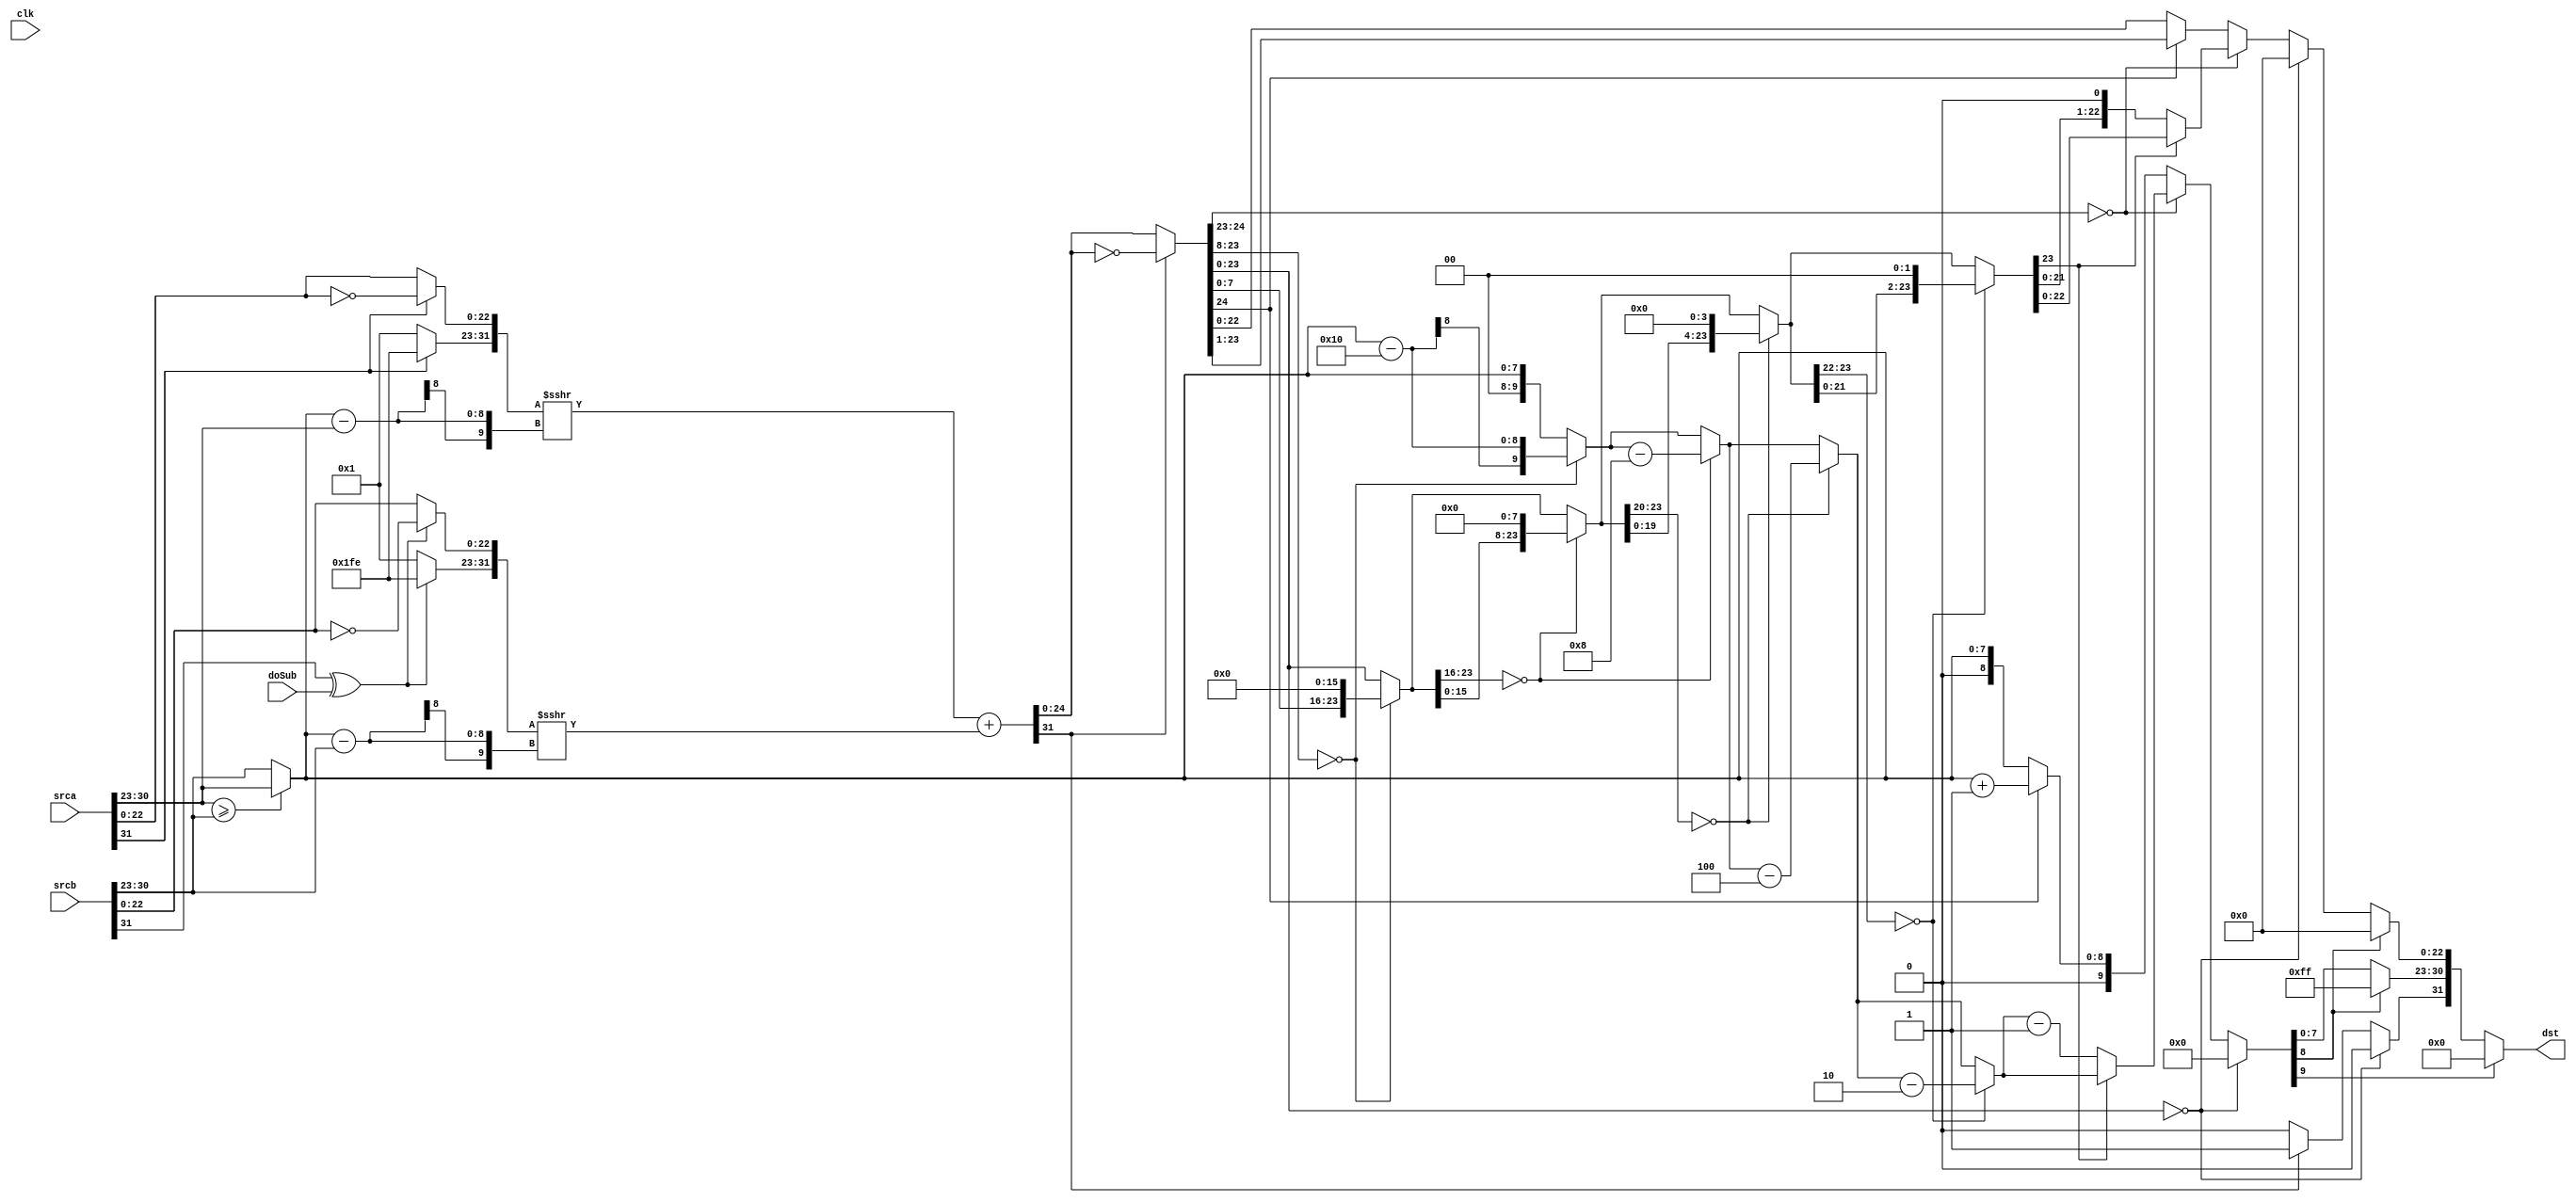
module FpuFp32_Add(
	/* verilator lint_off UNUSED */
	clk,
	doSub,
	srca,
	srcb,
	dst
);

input			clk;
input			doSub;
input[31:0]		srca;
input[31:0]		srcb;
output[31:0]	dst;

reg sgna;
reg sgnb;
reg sgnc;

reg[9:0] exa;
reg[9:0] exb;
reg[9:0] exc;
reg[9:0] exm;

reg[31:0] tFracA;
reg[31:0] tFracB;
reg[31:0] tFracC;
// reg[22:0] tFracC;
reg[31:0] tFracA1;
reg[31:0] tFracB1;
reg[31:0] tFracC1;

// reg[31:0] tFracA2;
// reg[31:0] tFracB2;
reg[31:0] tFracC2;

reg[31:0] tFracC2_A;	//16
reg[31:0] tFracC2_B;	//8
reg[31:0] tFracC2_C;	//4
reg[31:0] tFracC2_D;	//2

reg[9:0] tExc_A;
reg[9:0] tExc_B;
reg[9:0] tExc_C;
reg[9:0] tExc_D;

always @ (clk) begin
	sgna=srca[31];
	sgnb=srcb[31];

	exa[7:0]=srca[30:23];
	exb[7:0]=srcb[30:23];
	exa[9:8]=0;
	exb[9:8]=0;

	exm=(exa>=exb)?exa:exb;

	if(sgna)
	begin
		tFracA[31:23]=~(9'h1);
		tFracA[22:0]=~(srca[22:0]);
	end
	else
	begin
		tFracA[31:23]=9'h1;
		tFracA[22:0]=srca[22:0];
	end

	if(sgnb^doSub)
	begin
		tFracB[31:23]=~(9'h1);
		tFracB[22:0]=~(srcb[22:0]);
	end
	else
	begin
		tFracB[31:23]=9'h1;
		tFracB[22:0]=srcb[22:0];
	end

	tFracA1=tFracA>>>(exm-exa);
	tFracB1=tFracB>>>(exm-exb);
	tFracC1=tFracA1+tFracB1;
	
	if(tFracC1[31])
	begin
		sgnc=1;
		tFracC2=~tFracC1;
	end
	else
	begin
		sgnc=0;
		tFracC2=tFracC1;
	end
	
	if(tFracC2[23:0]==0)
	begin
		sgnc=0;
		tFracC=0;
		exc=0;
	end
	else
		if(tFracC2[24:23]==0)
	begin
		if(tFracC2[23:8]==0)
		begin
			tFracC2_A=tFracC2<<16;
			tExc_A=exm-16;
		end
		else
		begin
			tFracC2_A=tFracC2;
			tExc_A=exm;
		end

		if(tFracC2_A[23:16]==0)
		begin
			tFracC2_B=tFracC2_A<<8;
			tExc_B=tExc_A-8;
		end
		else
		begin
			tFracC2_B=tFracC2_A;
			tExc_B=tExc_A;
		end
		
		if(tFracC2_B[23:20]==0)
		begin
			tFracC2_C=tFracC2_B<<4;
			tExc_C=tExc_B-4;
		end
		else
		begin
			tFracC2_C=tFracC2_B;
			tExc_C=tExc_B;
		end
		
		if(tFracC2_C[23:22]==0)
		begin
			tFracC2_D=tFracC2_C<<2;
			tExc_D=tExc_C-2;
		end
		else
		begin
			tFracC2_D=tFracC2_C;
			tExc_D=tExc_C;
		end

		if(tFracC2_D[23]==0)
		begin
			tFracC=tFracC2_D<<1;
			exc=tExc_D-1;
		end
		else
		begin
			tFracC=tFracC2_D;
			exc=tExc_D;
		end
	end
	else
	begin
		if(tFracC2[24])
		begin
			tFracC=tFracC2>>1;
			exc=exm+1;
		end
		else
		begin
			tFracC=tFracC2;
			exc=exm;
		end
	end
	
	if(exc[9])
	begin
		dst[31:0]=32'h0;
	end
	else if(exc[8])
	begin
		dst[31]=sgnc;
		dst[30:0]=31'h7F80_0000;
	end
	else
	begin
		dst[31]=sgnc;
		dst[30:23]=exc[7:0];
		dst[22:0]=tFracC[22:0];
	end
end

endmodule